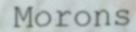
Morons